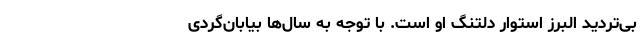
بی‌تردید البرز استوار دلتنگِ او است. با توجه به سال‌ها بیابان‌گردی